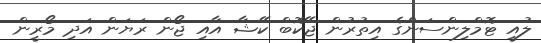
ލުއީ ޓޮމްލިންސަންގެ އިތުރުން ޖޭކޮބް ކޭޝާ އާއި ޖޯން ރަޔަން އަދި މޯރީން